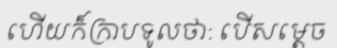
ហើយក៏ក្រាបទូលថា: បើសម្តេច